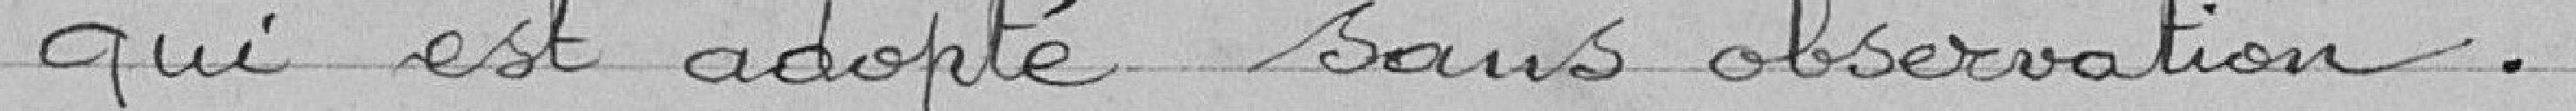
qui est adopté sans observation.